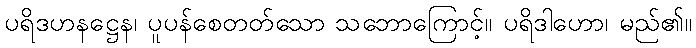
ပရိဒဟနဋ္ဌေန၊ ပူပန်စေတတ်သော သဘောကြောင့်။ ပရိဒါဟော၊ မည်၏။